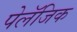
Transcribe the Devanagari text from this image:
पेलॅजिक